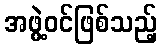
အဖွဲ့ဝင်ဖြစ်သည့်